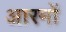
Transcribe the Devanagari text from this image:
आरमों